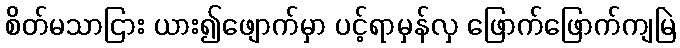
စိတ်မသာငြား ယား၍ဖျောက်မှာ ပင့်ရာမှန်လှ ဖြောက်ဖြောက်ကျမြဲ